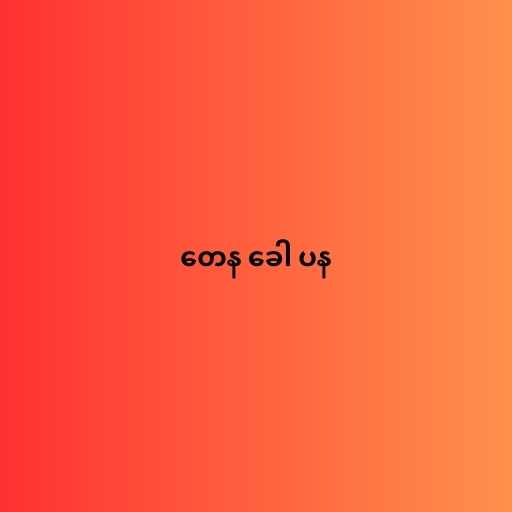
တေန ခေါ ပန